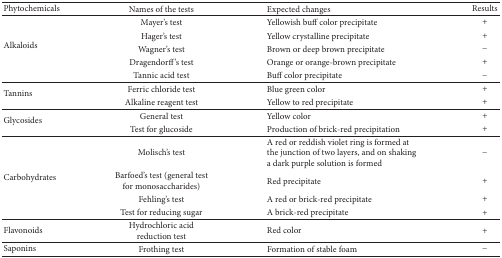
| Phytochemicals | Names of the tests | Expected changes | Results |
 | --- | --- | --- | --- |
 | <ROWSPAN=5> Alkaloids | Mayer's test | Yellowish buff color precipitate | + |
 | Hager's test | Yellow crystalline precipitate | + |
 | Wagner's test | Brown or deep brown precipitate | − |
 | Dragendorff's test | Orange or orange-brown precipitate | + |
 | Tannic acid test | Buff color precipitate | − |
 | <ROWSPAN=2> Tannins | Ferric chloride test | Blue green color | + |
 | Alkaline reagent test | Yellow to red precipitate | + |
 | <ROWSPAN=2> Glycosides | General test | Yellow color | + |
 | Test for glucoside | Production of brick-red precipitation | + |
 | <ROWSPAN=4> Carbohydrates | Molisch's test | A red or reddish violet ring is formed at the junction of two layers, and on shaking a dark purple solution is formed | − |
 | Barfoed's test (general test for monosaccharides) | Red precipitate | + |
 | Fehling's test | A red or brick-red precipitate | + |
 | Test for reducing sugar | A brick-red precipitate | + |
 | Flavonoids | Hydrochloric acid reduction test | Red color | + |
 | Saponins | Frothing test | Formation of stable foam | − |